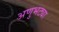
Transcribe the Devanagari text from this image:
अणुभट्या